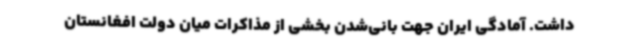
داشت. آمادگی ایران جهت بانی‌شدن بخشی از مذاکرات میان دولت افغانستان